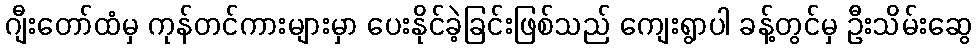
ဂျီးတော်ထံမှ ကုန်တင်ကားများမှာ ပေးနိုင်ခဲ့ခြင်းဖြစ်သည် ကျေးရွာပါ ခန့်တွင်မှ ဦးသိမ်းဆွေ